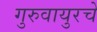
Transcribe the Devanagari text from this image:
गुरुवायुरचे